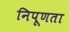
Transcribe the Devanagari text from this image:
निपूणता